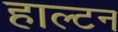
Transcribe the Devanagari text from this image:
हाल्टन